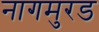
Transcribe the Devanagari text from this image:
नागमुरड